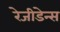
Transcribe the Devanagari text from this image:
रेजीडेन्स